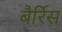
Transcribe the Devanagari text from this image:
बैर्रिस